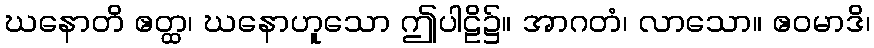
ဃနောတိ ဧတ္ထ၊ ဃနောဟူသော ဤပါဠိ၌။ အာဂတံ၊ လာသော။ ဧဝမာဒိ၊